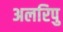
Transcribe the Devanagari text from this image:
अलरिपु